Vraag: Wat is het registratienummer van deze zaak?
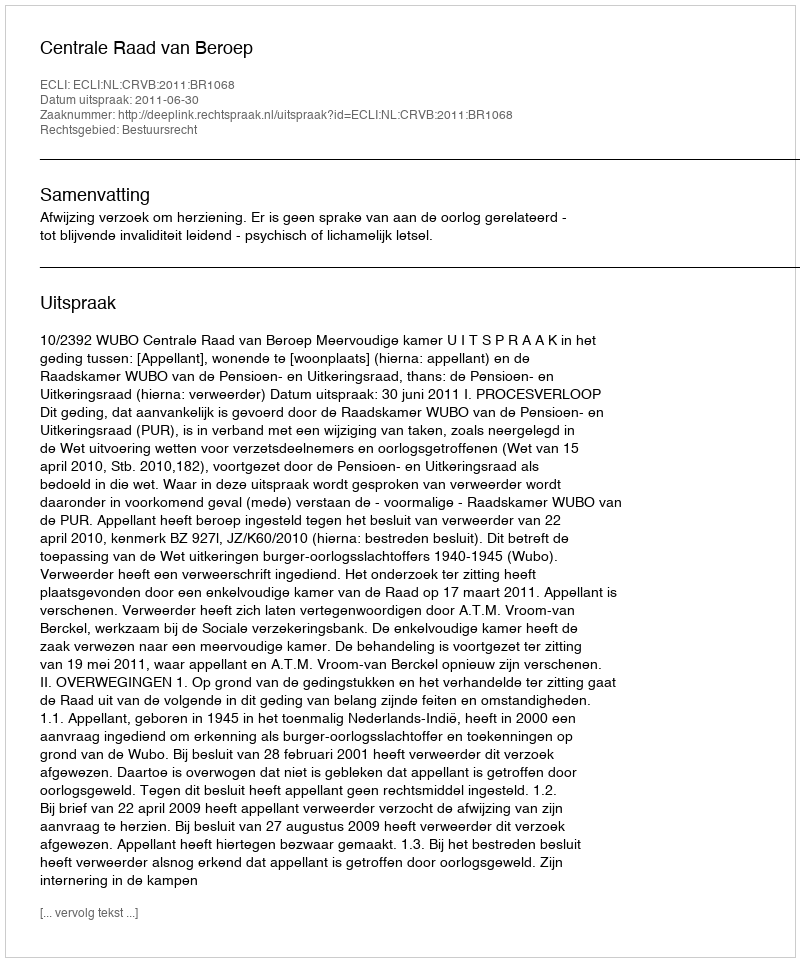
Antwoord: http://deeplink.rechtspraak.nl/uitspraak?id=ECLI:NL:CRVB:2011:BR1068